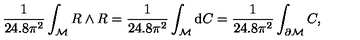
\frac { 1 } { 2 4 . 8 \pi ^ { 2 } } \int _ { \cal M } R \wedge R = \frac { 1 } { 2 4 . 8 \pi ^ { 2 } } \int _ { { \cal M } } \mathrm { d } C = \frac { 1 } { 2 4 . 8 \pi ^ { 2 } } \int _ { \partial { \cal M } } C ,